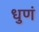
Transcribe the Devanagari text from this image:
धुणं